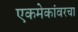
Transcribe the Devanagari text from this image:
एकमेकांवरचा